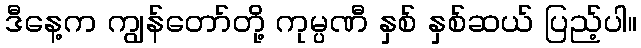
ဒီနေ့က ကျွန်တော်တို့ ကုမ္ပဏီ နှစ် နှစ်ဆယ် ပြည့်ပါ။